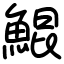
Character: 鯤